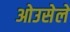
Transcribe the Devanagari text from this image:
ओउसेले